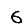
Digit: 6